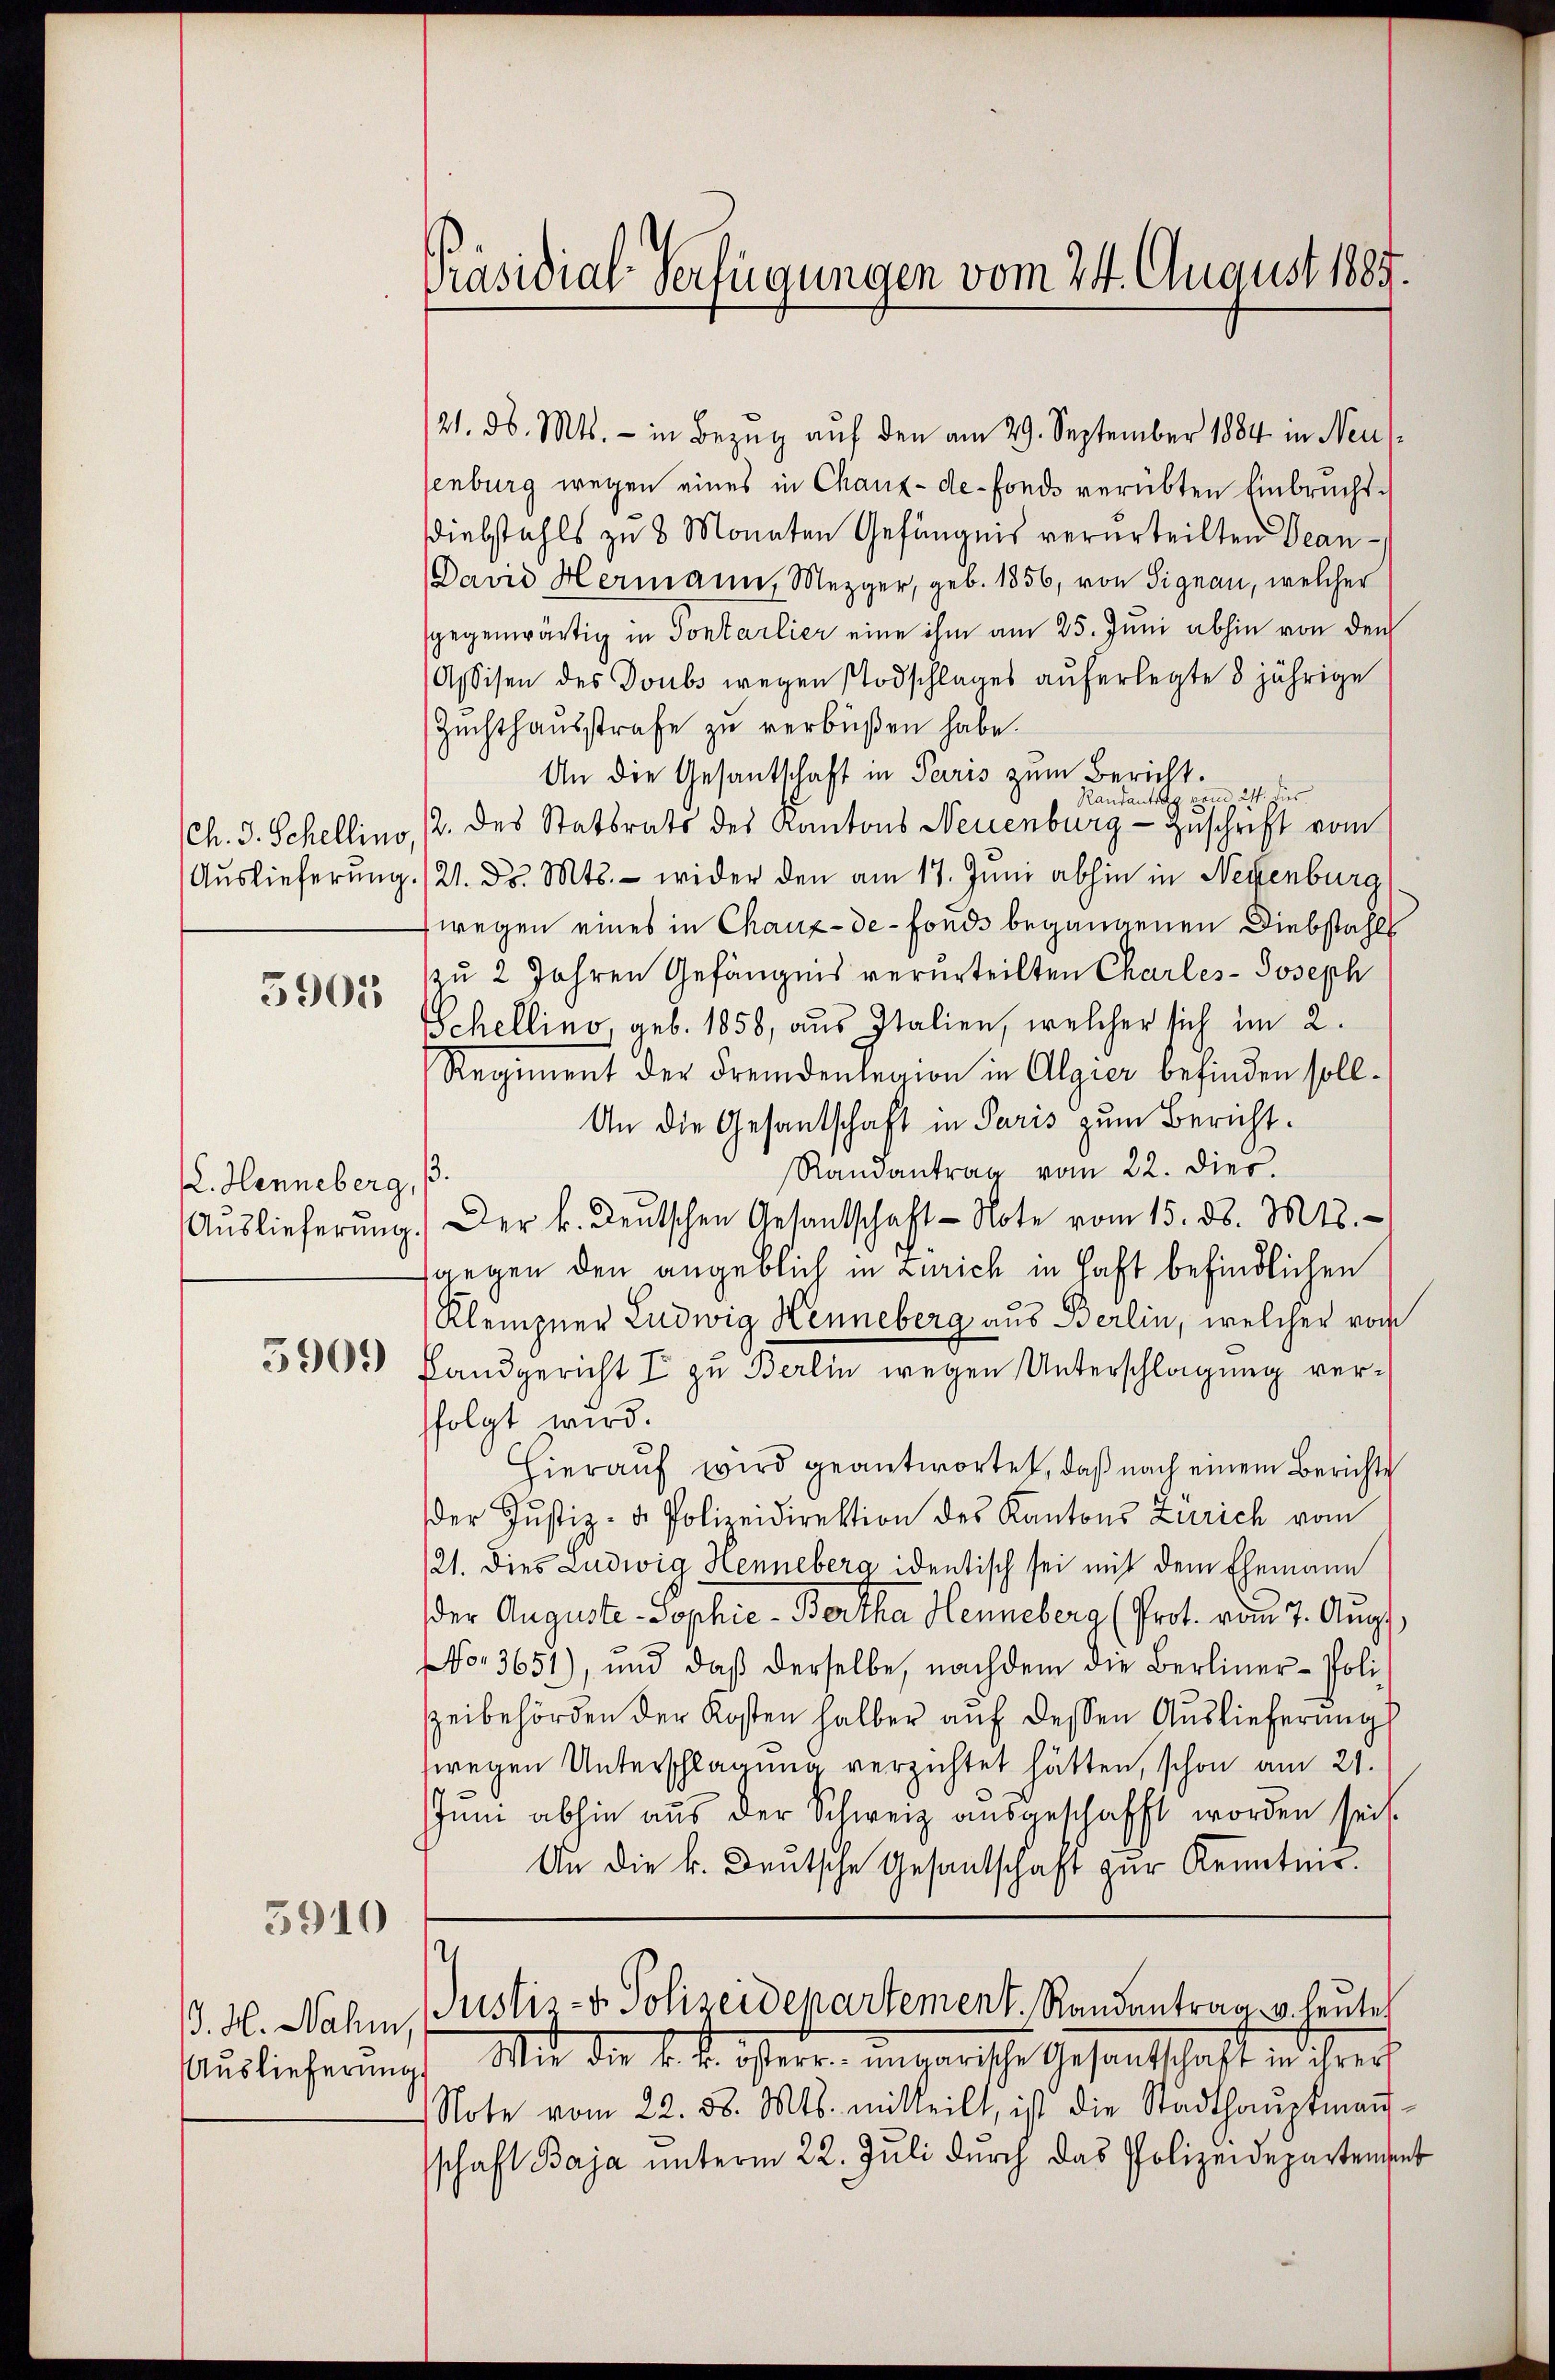
ch. J. Schellino,
Auslieferung.

3901

. Henneberg,
Auslieferung

5909

3910

J. H. Nahm,
Auslieferung.

Präsidial-Verfügungen vom 24. August 1885.

121. d. Mts. - in Bezug auf den am 29. September 1884 in Neuenburg wegen eines in Chaux-de-Fonds verübten Einbruchtdiebstahls zu 8 Monaten Gefängnis verurteilten Dean¬
David Hermann, Mezger, geb. 1856, von Signau, welcher
gegenwärtig in Sontarlier eine ihm am 25. Juni abhin von den
Assisen des Doubs wegen Todschlages auferlegte 8 jährige
Zŭchthaŭsstrafe zu verbüßen habe.
An die Gesantschaft in Paris zum Bericht.
Randantrag vom 24. Jus
2. des Statsrats des Kantons Neuenburg - Zuschrift vom
21. Dr. Mts. - wider den am 17. Juni abhin in Neuenburg
fwegen eines in Chaux-de-Fonds begangenen Diebstahl
zu 2 Jahren Gefängnis verurteilten Charles-Joseph
Schellino geb. 1858, aus Italien, welcher sich im 2.
Regiment der Fremdenlegion in Algier befinden soll.
An die Gesandschaft in Paris zum Bericht.
13.
Randantrag vom 22. dies.
Der k. Deutschen Gesantschaft Note vom 15. d. Mts.
gegen den angeblich in Zürich in Haft befindlichen
Kleingner Ludwig Henneberg aus Berlin, welcher vom
Landgericht I zu Berlin wegen Unterschlagung verfolgt wird.
Hierauf wird geantwortet, daß nach einem Berichte
der Justiz- u. Polizeidirektion des Kantons Zürich vom
/21. Dies Ludwig Henneberg identisch sei mit dem Ehemann
der Auguste Sophie-Bertha Henneberg (Prot. vom 7. Aug.
No. 3651), und daβ derselbe, nachdem die Berliner-Poli-
Zeibehörden der Kosten halber auf dessen Auslieferungs
wegen Unterschlagung verzichtet hätten, schon am 21.
Jun abhin aus der Schweiz ausgeschafft worden sei.
An die k. Deutsche Gesandschaft zur Kenntner.
Justiz- & Polizeidepartement. Randantrag u. leutet
Mir die k. k. österr. ungarische Gesandtschaft in ihrer
Note vom 22. 58. Mts. mitteilt, ist die Stadthaŭptmaṅ-
schaft Baja unterm 22. Juli durch das Polizeidepartement